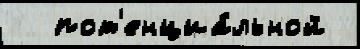
  пот'енциа́льной